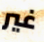
غير